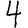
Digit: 4